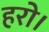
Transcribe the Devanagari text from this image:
हरो।